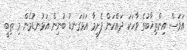
އަވަސް އިންތިޚާބުގެ ވާހަކަ ދައްކަން ފެށީމާ އަޅުގަނޑު ބުނިން އަޅުނޑުމެން މި ތިބީ